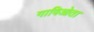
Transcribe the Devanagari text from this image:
गाविओता